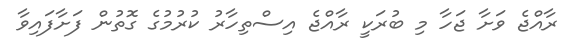
ރާއްޖެ ވަށާ ޖަހާ މި ބުރަކީ ރާއްޖެ އިސްތިހާރު ކުރުމުގެ ގޮތުން ފަށާފައިވާ